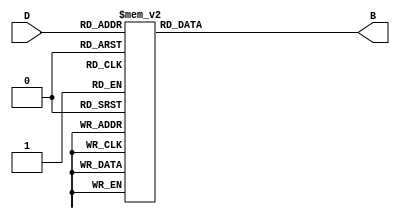
module DecimalToBinaryEncoder (
    input wire [3:0] D,  // 4-bit input representing decimal digits (0-9)
    output reg [3:0] B   // 4-bit output representing the binary equivalent
);

    always @(*) begin
        case (D)
            4'b0000: B = 4'b0000; // 0
            4'b0001: B = 4'b0001; // 1
            4'b0010: B = 4'b0010; // 2
            4'b0011: B = 4'b0011; // 3
            4'b0100: B = 4'b0100; // 4
            4'b0101: B = 4'b0101; // 5
            4'b0110: B = 4'b0110; // 6
            4'b0111: B = 4'b0111; // 7
            4'b1000: B = 4'b1000; // 8
            4'b1001: B = 4'b1001; // 9
            default: B = 4'bxxxx; // Invalid input (10-15)
        endcase
    end

endmodule